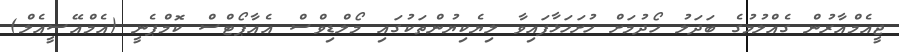
ޖީއެމްއާރުން ގެއްލުމުގެ ބަދަލު ހޯދުމަށް ހުށަހަޅާފައިވާ ލިޔެކިޔުންތަކުގައި މޯލްޑިވްސް އެއާޕޯޓްސް ކޮމްޕެނީ (އެމްއޭސީއެލް)